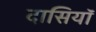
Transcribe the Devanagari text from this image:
दासियॉ